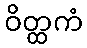
ဝိတ္ထကံ